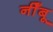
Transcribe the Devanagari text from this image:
नीँबू